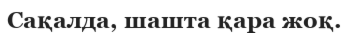
Сақалда, шашта қара жоқ.